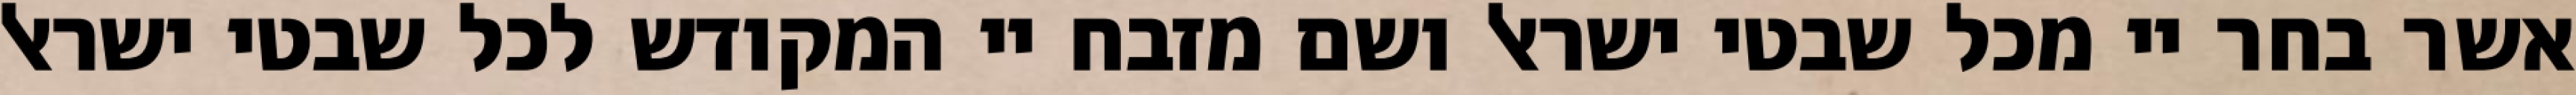
אשר בחר יי מכל שבטי ישראל ושם מזבח יי המקודש לכל שבטי ישראל